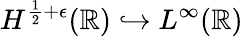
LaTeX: H^{\frac{1}{2}+\epsilon}(\mathbb R)\hookrightarrow L^{\infty}(\mathbb R)